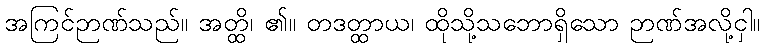
အကြင်ဉာဏ်သည်။ အတ္ထိ၊ ၏။ တဒတ္ထာယ၊ ထိုသို့သဘောရှိသော ဉာဏ်အလို့ငှါ။